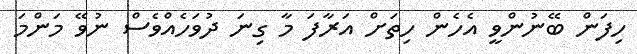
ހިފަން ބޭނުންވީ އެހެން ހިތަށް އަރާފަ މާ ގިނަ ދުވަހެއްވެސް ނުވޭ މަންމަ